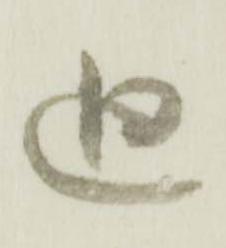
廻